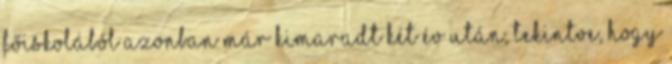
főiskolából azonban már kimaradt két év után, tekintve, hogy